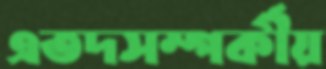
এতদসম্পর্কীয়